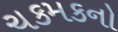
ચકમકનો